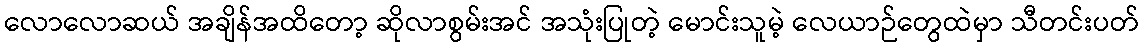
လောလောဆယ် အချိန်အထိတော့ ဆိုလာစွမ်းအင် အသုံးပြုတဲ့ မောင်းသူမဲ့ လေယာဉ်တွေထဲမှာ သီတင်းပတ်